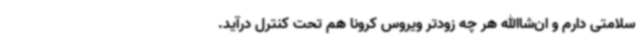
سلامتی دارم و ان‌شاالله هر چه زودتر ویروس کرونا هم تحت کنترل درآید.